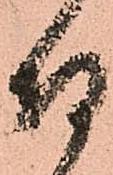
付